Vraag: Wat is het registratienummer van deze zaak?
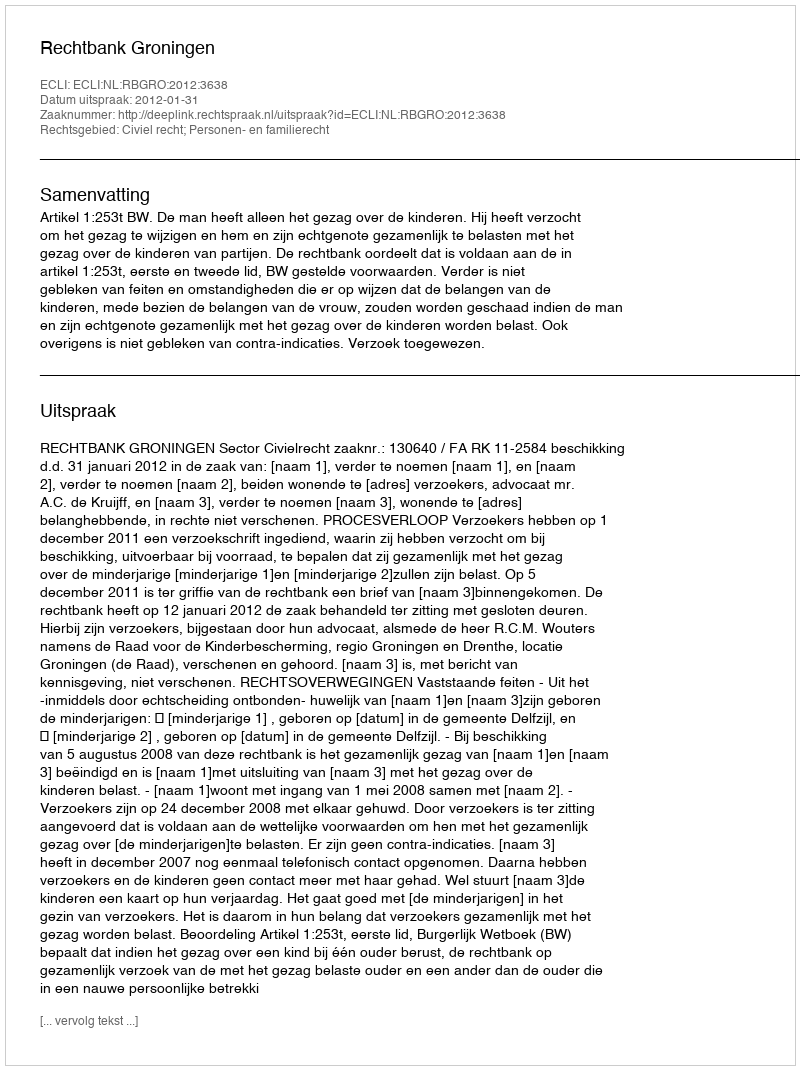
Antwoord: http://deeplink.rechtspraak.nl/uitspraak?id=ECLI:NL:RBGRO:2012:3638